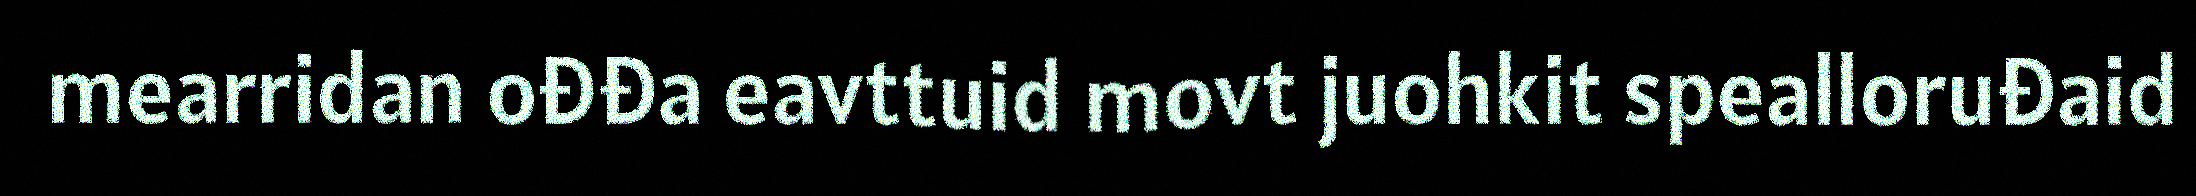
mearridan ođđa eavttuid movt juohkit spealloruđaid